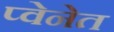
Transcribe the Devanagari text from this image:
प्वेनेत